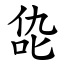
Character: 㖌